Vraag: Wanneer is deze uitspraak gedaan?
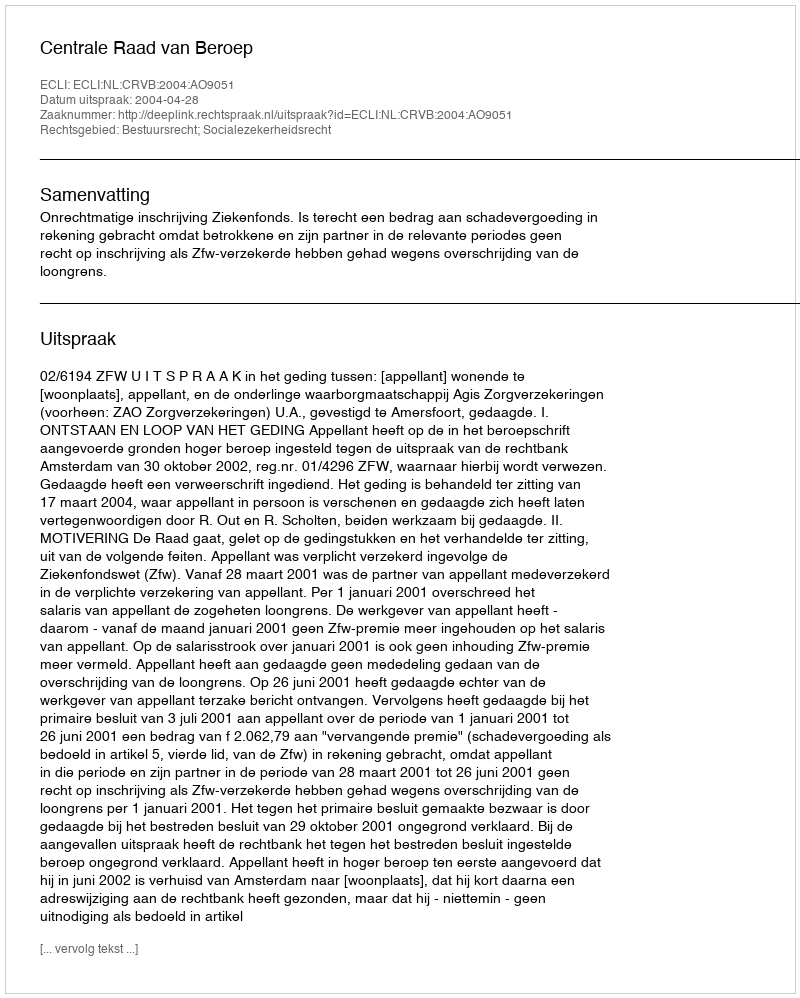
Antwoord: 2004-04-28